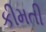
કીમતી